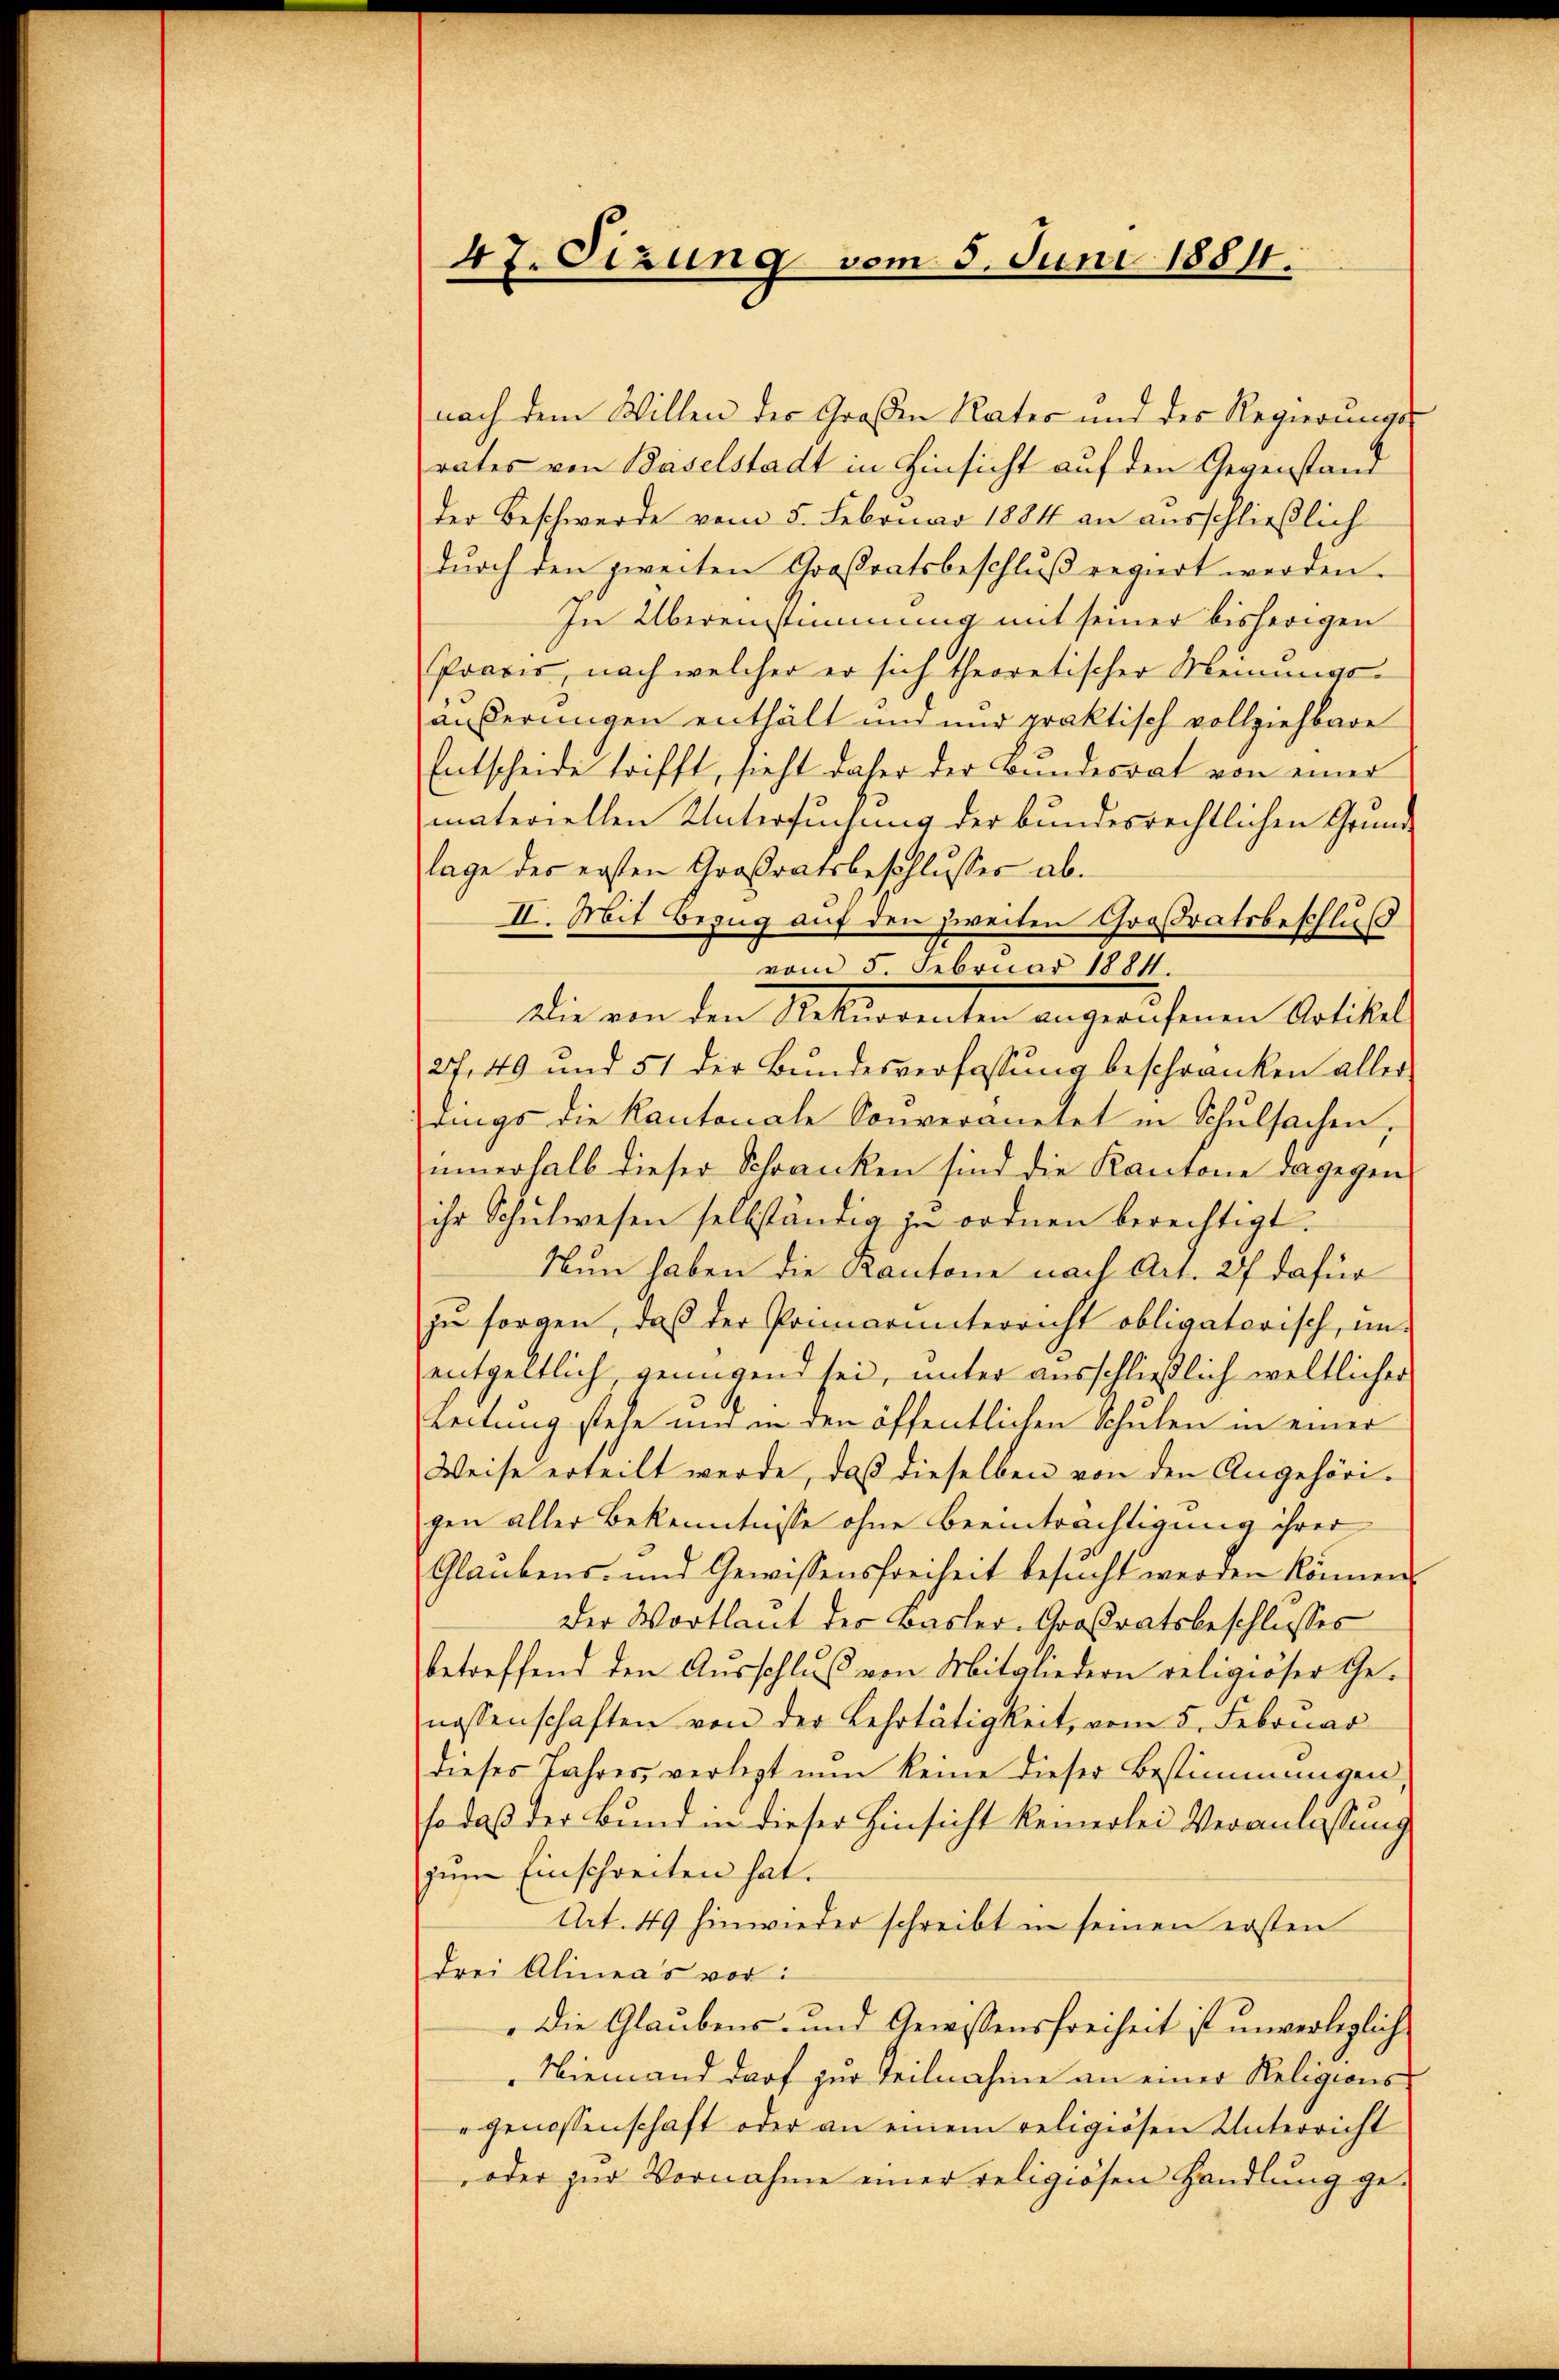
47. Sizung vom 5. Juni 1884.

nach dem Willen der Großen Rates und des Regierungs-
rates von Baselstadt in Hinsicht auf den Gegenstand
der Beschwerde vom 5. Februar 1884 an ausschließlich
dŭrch den zweiten Großratsbeschlŭβ regiert werden.
In Übereinstimmung mit seiner bisherigen
Praxis, nach welcher er sich theoretischer Meinungs-
äußerungen enthält und nur praktisch vollziehbare
Entscheide trifft, sieht daher der Bundesrat von einer
materiellen Untersuchung der bundesrechtlichen Grundlage des ersten Großratsbeschlusses ab.
II. Mit Bezug auf den zweiten Großratsbeschluß
vom 5. Februar 1884.
Die von den Mitteranten angerufenen Artikel
27, 49 und 51 der Bundesverfassung beschränken aller
rings die Kantonale Sonveranetet in Schulsachen,
innerhalb dieser Schranken sind die Kantone dagegen
ihr Schŭlwesen selbständig in ordnen berechtigt.
Nun haben die Kantone nach Art. 27 dafür
zu sorgen, daß der Primarunterricht obligatorisch, un-
entgeltlich, genügend sei, unter ausschließlich weltlicher
Leitung stehe und in den öffentlichen Schulen in einer
Weise erteilt werde, daß dieselben von den Angehörigen aller Bekenntnisse ohne Beeinträchtigung ihrer
Glaubens- und Gewissensfreiheit besŭcht werden können.
Der Wortlaut der Basler-Großratsbeschlusses
betreffend den Aŭsschluß von Mitgliedern religiöser Ge-
nossenschaften von der Lehrtätigkeit, vom 5. Februar
dieses Jahres, verletzt nun keine dieser Bestimmungen,
so daß der Bund in dieser Hinsicht keinerlei Veranlassung
zum Einschreiten hat.
Art. 49 hinwieder schreibt in seinen ersten
drei Alineas vor:
Die Glaubens- und Gewissensfreiheit ist unverleglich
Niemand darf zur Teilnahme an einer Religions-
" genossenschaft oder an einem religiösen Unterricht
oder zur Vornahme einer religiösen Handlung ge-